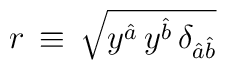
r \, \equiv \, \sqrt{ y^{\hat a} \,  y^{\hat b} \, \delta_{{\hat a}{\hat b}} }